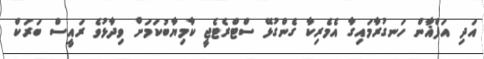
އަދި އަފްޣާން ހަނގުރާމައިގާ އެމެރިކާ ގެންގުޅޭ ސްޓްރެޓެޖީ ކާމިޔާބުކަމަށް ވިދާޅުވެ ރައީސް ބަރަކް